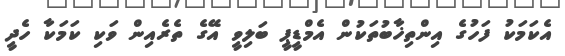
އެކަމަކު ފަހުގެ އިންތިޚާބުތަކުން އެމްޑީޕީ ބަލިވީ އޭގެ ތެރެއިން ވަކި ކަމަކާ ހެދީ